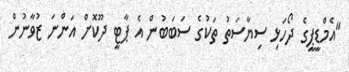
"އެމްޑީޕީގެ ދޯހަޅި ސިޔާސަތު ތަކުގެ ސަބަބުން އެ ޕާޓީ ދޫކޮށް އަންނަ ޒުވާނުން